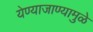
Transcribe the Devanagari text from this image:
येण्याजाण्यामुळे